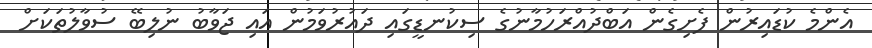
އެންމެ ކުޑައިރުން ފެށިގެން އަބްދުއްރަހުމާނުގެ ސިކުނޑީގައި ދައުރުވަމުން އައި ޖަވާބު ނުލިބޭ ސުވާލުތަކަށް